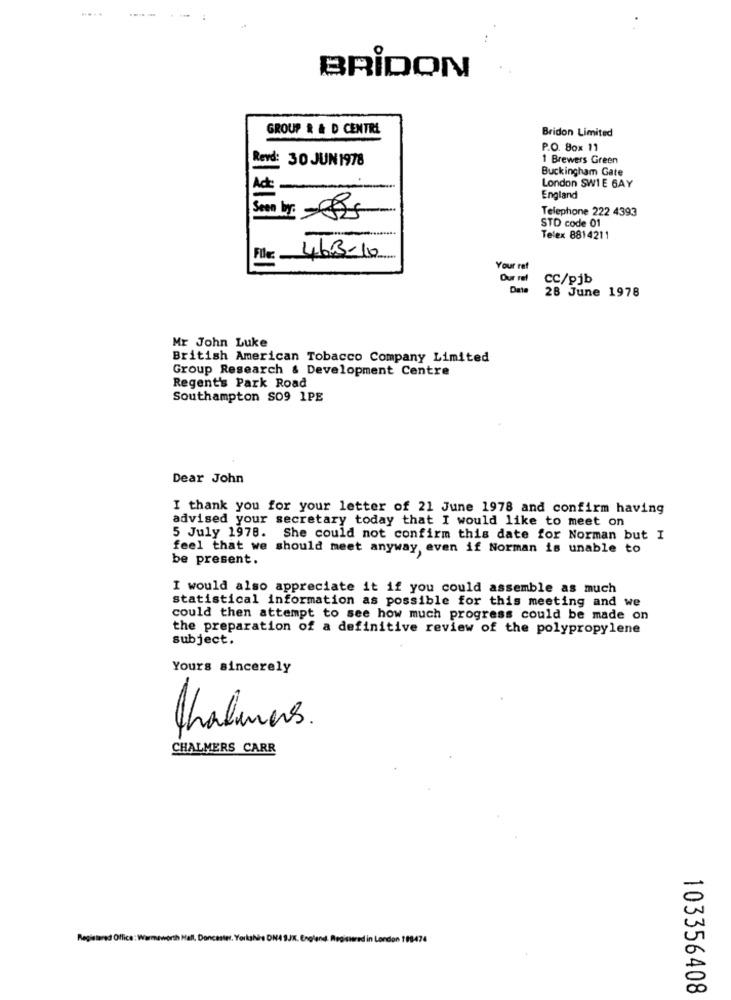
BRIDON
GROUP R & D CENTRE
Bridon Limited
P.O. Box 11
1 Brewers Green
Revd: 30 JUN 1978
Buckingham Gate
Act:
London SW1E 6AY
England
Telephone 222 4393
Seen by: - 85
STD code 01
Telex 8814211
Files.
46B-10
Your raf
Our ref
CC/pjb
Data
28 June 1978
Mr John Luke
British American Tobacco Company Limited
Group Research & Development Centre
Regent's Park Road
Southampton SO9 1PE
Dear John
I thank you for your letter of 21 June 1978 and confirm having
advised your secretary today that I would like to meet on
5 July 1978. She could not confirm this date for Norman but I
feel that we should meet anyway, even if Norman is unable to
be present.
I would also appreciate it if you could assemble as much
statistical information as possible for this meeting and we
could then attempt to see how much progress could be made on
the preparation of a definitive review of the polypropylene
subject.
Yours sincerely
Chalmers.
CHALMERS CARR
Registered Office: Warmaworth Hall, Doncester. YorlaNs DN4 SJK. England. Registered in London 198474
103356408